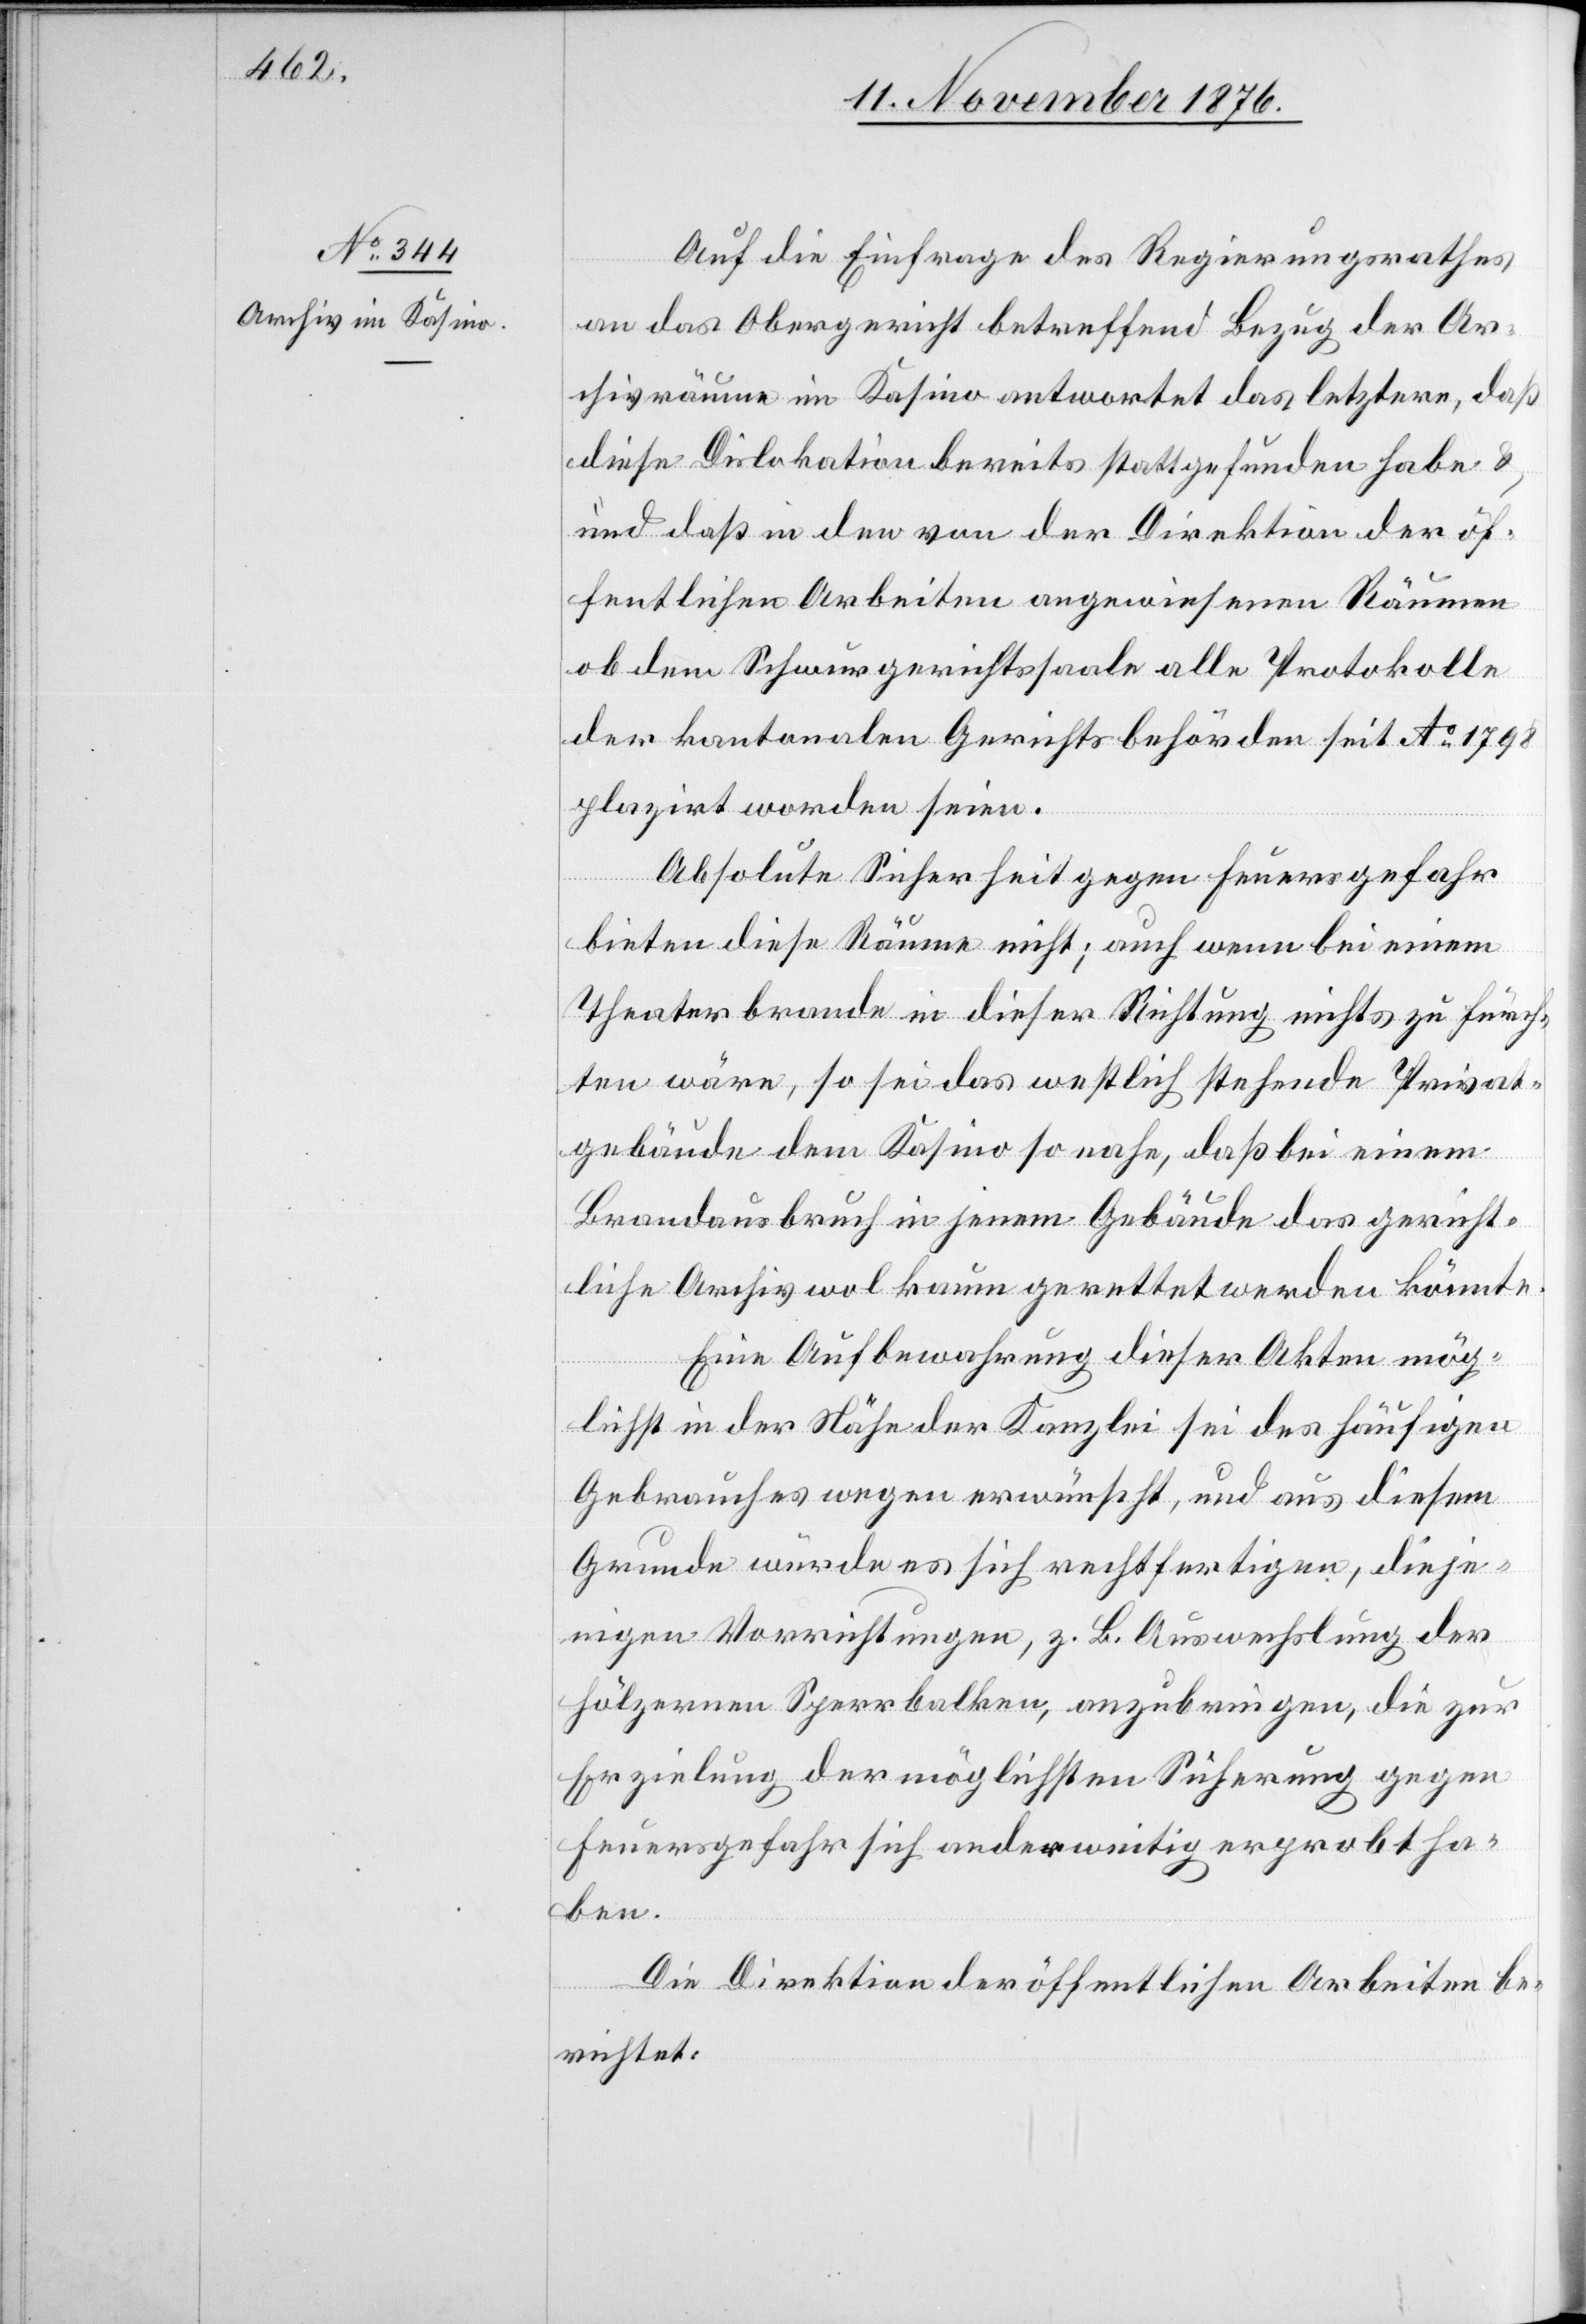
Auf die Einfrage des Regierungsrathes
an das Obergericht betreffend Bezug der Ar¬
chivräume im Kasino antwortet das letztere, daß
diese Dislokation bereits stattgefunden habe
& daß in den von der Direktion der öf¬
fentlichen Arbeiten angewiesenen Räumen
ob dem Schwurgerichtssaale alle Protokolle
der kantonalen Gerichtsbehörden seit Ao 1798
plazirt worden seien.
Absolute Sicherheit gegen Feuersgefahr
bieten diese Räume nicht; auch wenn bei einem
Theaterbrande in dieser Richtung nichts zu fürch¬
ten wäre, so sei das westlich stehende Privat¬
gebäude dem Kasino so nahe, daß bei einem
Brandausbruch in jenem Gebäude das gericht¬
liche Archiv wol kaum gerettet werden könnte.
Eine Aufbewahrung dieser Akten mög¬
lichst in der Nähe der Kanzlei sei des häufigen
Gebrauches wegen erwünscht, und aus diesem
Grunde würde es sich rechtfertigen, dieje¬
nigen Vorrichtungen, z. B. Auswechslung der
hölzernen Sperrbalken, anzubringen, die zur
Erzielung der möglichsten Sicherung gegen
Feuersgefahr sich anderweitig erprobt ha¬
ben.
Die Direktion der öffentlichen Arbeiten be¬
richtet: